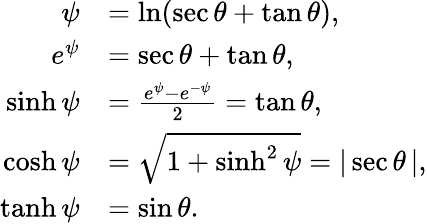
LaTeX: {\begin{array}{rl}{\psi}&{=\ln(\sec\theta+\tan\theta),}\\ {e^{\psi}}&{=\sec\theta+\tan\theta,}\\ {\sinh\psi}&{={\frac{e^{\psi}-e^{-\psi}}{2}}=\tan\theta,}\\ {\cosh\psi}&{={\sqrt{1+\sinh^{2}\psi}}=|\sec\theta\, |,}\\ {\operatorname{tanh}\psi}&{=\sin\theta.}\end{array}}